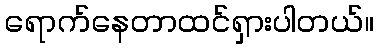
ရောက်နေတာထင်ရှားပါတယ်။